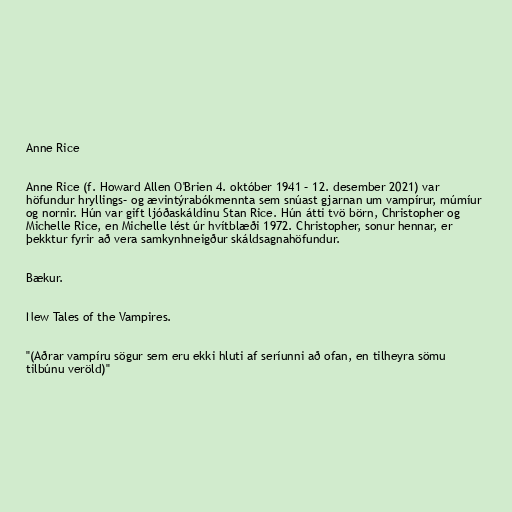
Anne Rice

Anne Rice (f. Howard Allen O'Brien 4. október 1941 – 12. desember 2021) var
höfundur hryllings– og ævintýrabókmennta sem snúast gjarnan um vampírur, múmíur
og nornir. Hún var gift ljóðaskáldinu Stan Rice. Hún átti tvö börn, Christopher og
Michelle Rice, en Michelle lést úr hvítblæði 1972. Christopher, sonur hennar, er
þekktur fyrir að vera samkynhneigður skáldsagnahöfundur.

Bækur.

New Tales of the Vampires.

"(Aðrar vampíru sögur sem eru ekki hluti af seríunni að ofan, en tilheyra sömu
tilbúnu veröld)"